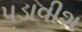
પડાવીશ